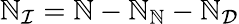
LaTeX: \mathbb{N}_{\mathcal{{I}}}=\mathbb{N}-\mathbb{N}_{\mathcal{{\mathbb{N}}}}-\mathbb{N}_{\mathcal{{D}}}